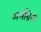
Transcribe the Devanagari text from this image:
अर्लीग्रेनो